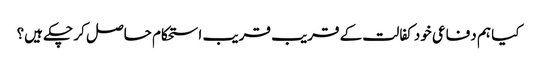
کیا ہم دفاعی خود کفالت کے قریب قریب استحکام حاصل کر چکے ہیں؟